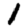
Digit: 1